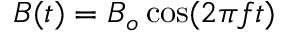
B ( t ) = B _ { o } \cos ( 2 \pi f t )